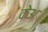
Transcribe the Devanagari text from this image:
केअ